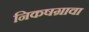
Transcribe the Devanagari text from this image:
निकषग्रावा